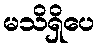
မသိရှိပေ